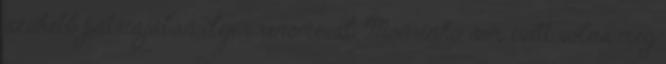
szűkebb pátriájában ilyen renoméval Mourinho sem evett volna meg